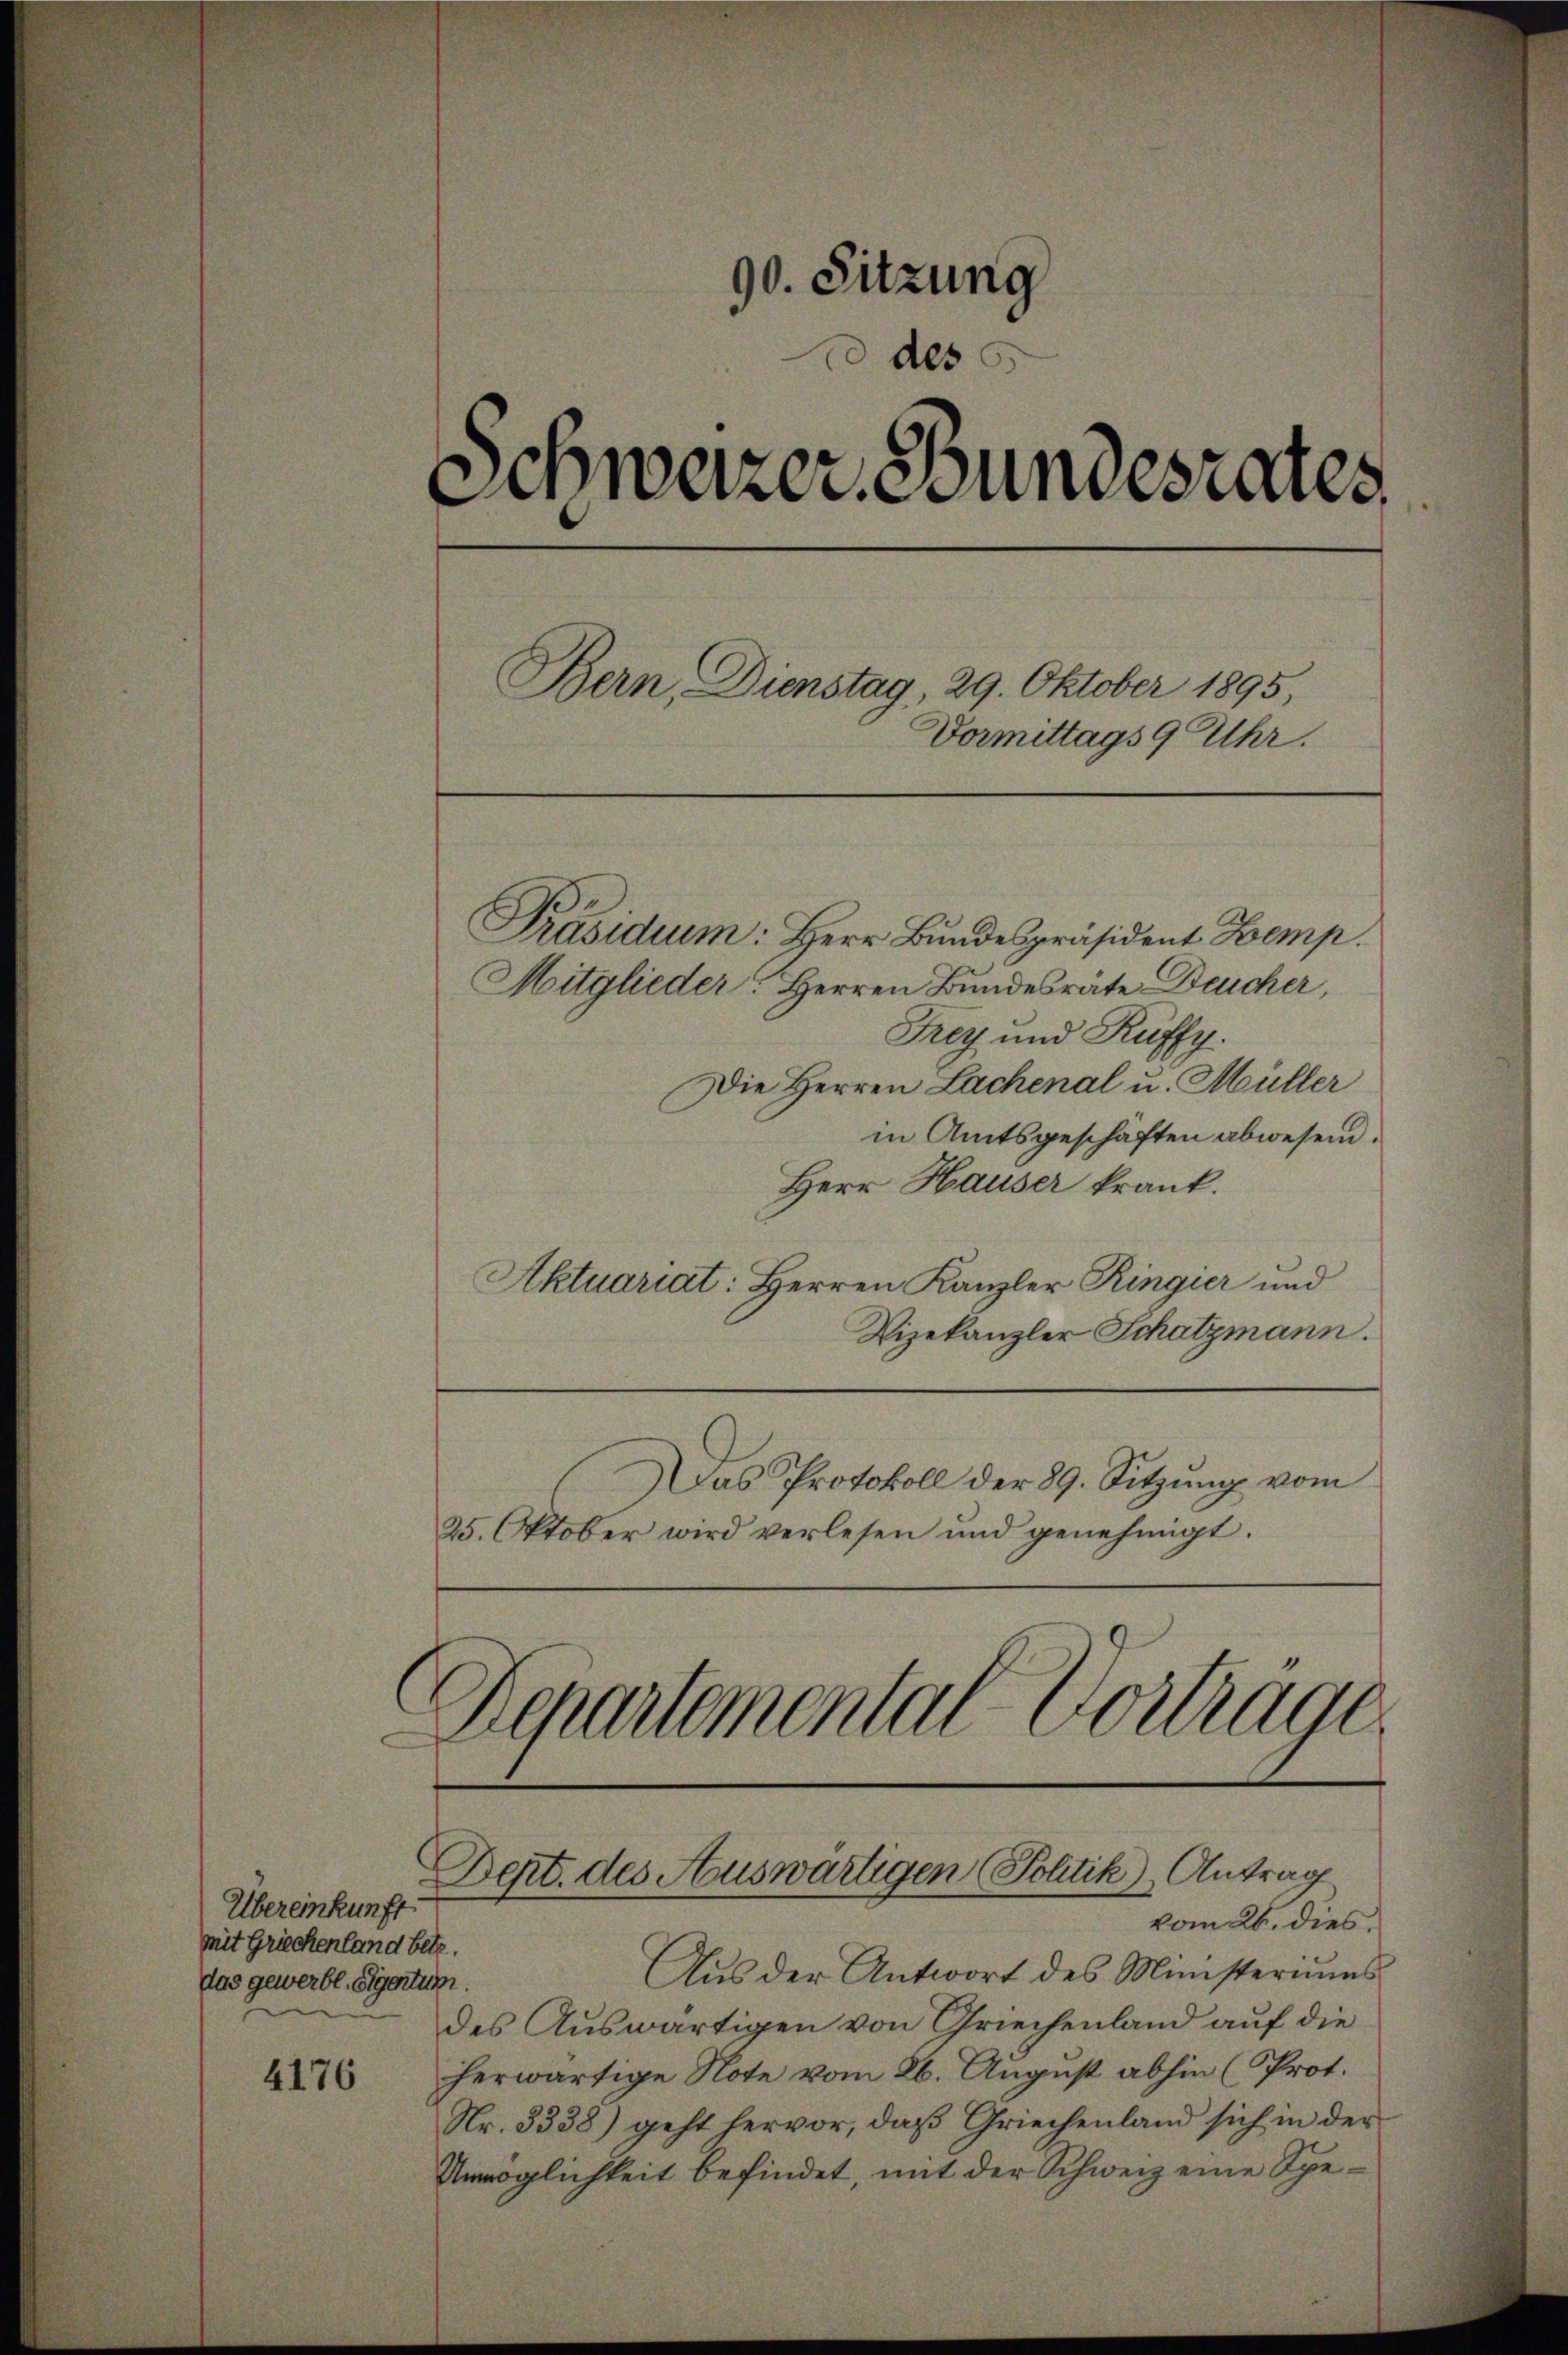
4176

90. Sitzung
des
Schweizer, undesrates.
Bern, Dienstag, 29. Oktober 1895,
Vormittags 9 Uhr.

Übereinkunft.
mit Griechenland betr.
das gewerbl. Sigentum.

Präsidium: Herr Bundespräsident Komp.
Mitglieder: Herren Bundesrate Deucher,
Frey und Küffy.
Die Herren Lachenal u. Müller
in Amtsgeschäften abwesend.
Herr Hauser krank.
Aktuariat: Herren Kanzler Ringier und
Vizekanzler Schatzmann.
Das Protokoll der 89. Sitzung vom
25. Oktober wird verlesen und genehmigt.
Departemental-Courage.

Aus der Antwort des Ministeriums
des Auswärtigen von Griechenland auf die
herwärtige Note vom 26. August abhin (Prot.
Nr. 3338) geht hervor, daβ Griechenland sich in der
Unmöglichkeit befindet, mit der Schweiz eine Spe¬

Dept. des Auswärtigen (Politik), Antrag
vom 26. dies